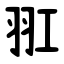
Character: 羾